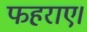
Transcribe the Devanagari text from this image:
फहराए।